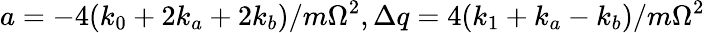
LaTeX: a=-4(k_{0}+2k_{a}+2k_{b})/m\Omega^{2},\Delta q=4(k_{1}+k_{a}-k_{b})/m\Omega^{2}